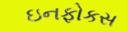
ઇનફોકસ